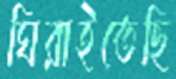
ঘিরাইতেছি